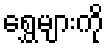
ရွှေများကို